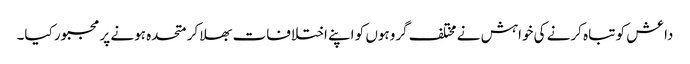
داعش کو تباہ کرنے کی خواہش نے مختلف گروہوں کو اپنے اختلافات بھلا کر متحدہ ہونے پر مجبور کیا۔